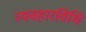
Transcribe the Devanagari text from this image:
व्यवहारविधि